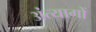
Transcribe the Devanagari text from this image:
अंत्यागों